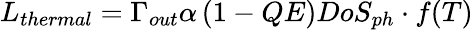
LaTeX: L_{thermal}=\Gamma_{out}\alpha\left(1-QE\right)DoS_{ph}\cdot f(T)